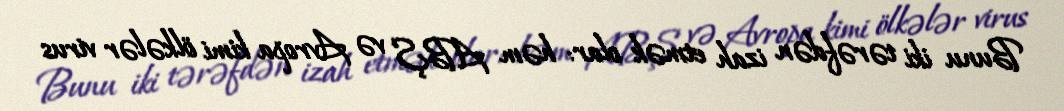
Bunu iki tərəfdən izah etmək olar: həm ABŞ və Avropa kimi ölkələr virus